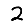
Digit: 2